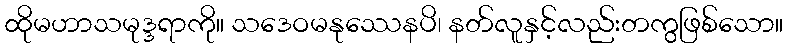
ထိုမဟာသမုဒ္ဒရာကို။ သဒေဝမနုဿေနပိ၊ နတ်လူနှင့်လည်းတကွဖြစ်သော။